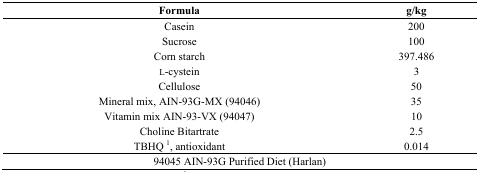
| Formula | g/kg |
 | --- | --- |
 | Casein | 200 |
 | Sucrose | 100 |
 | Corn starch | 397.486 |
 | l-cystein | 3 |
 | Cellulose | 50 |
 | Mineral mix, AIN-93G-MX (94046) | 35 |
 | Vitamin mix AIN-93-VX (94047) | 10 |
 | Choline Bitartrate | 2.5 |
 | TBHQ 1, antioxidant | 0.014 |
 | <COLSPAN=2> 94045 AIN-93G Purified Diet (Harlan) |